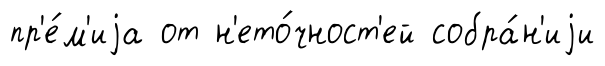
пр'е́м'иjа от н'ето́чност'ей собра́н'иjи